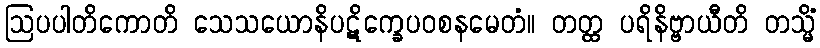
ဩပပါတိကောတိ သေသယောနိပဋိက္ခေပဝစနမေတံ။ တတ္ထ ပရိနိဗ္ဗာယီတိ တသ္မိံ